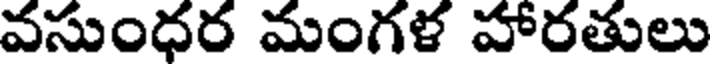
వసుంధర మంగళ హారతులు